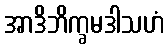
အာဒိဘိက္ခမဒါသဟံ